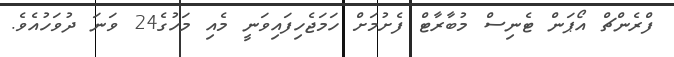
ފްރެންޗް އޯޕަން ޓެނިސް މުބާރާޓް ފެށުމަށް ހަމަޖެހިފައިވަނީ މެއި މަހުގެ24 ވަނަ ދުވަހުއެވެ.